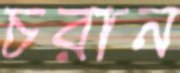
চরান